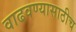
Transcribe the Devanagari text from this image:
वाढवण्यासाठीच